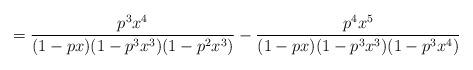
LaTeX: \begin{align*}= \frac{p^3x^4}{(1-px)(1-p^3x^3)(1-p^2x^3)} - \frac{p^4x^5}{(1-px)(1-p^3x^3)(1-p^3x^4)}\end{align*}